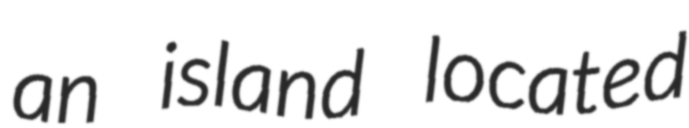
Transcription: an island located